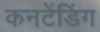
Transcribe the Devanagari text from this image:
कनटेंडिंग